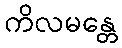
ကိလမန္တေ